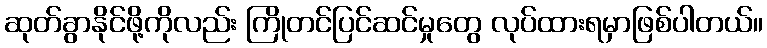
ဆုတ်ခွာနိုင်ဖို့ကိုလည်း ကြိုတင်ပြင်ဆင်မှုတွေ လုပ်ထားရမှာဖြစ်ပါတယ်။